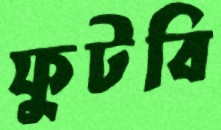
ফুটবি